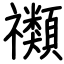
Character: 禷